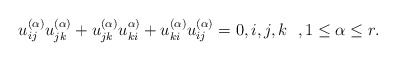
\begin{align*}u_{ij}^{(\alpha)} u_{jk}^{(\alpha)}+ u_{jk}^{(\alpha)} u_{ki}^{\alpha)}+u_{ki}^{(\alpha)} u_{ij}^{(\alpha)}=0, i,j,k \ \ , 1 \le\alpha \le r.\end{align*}